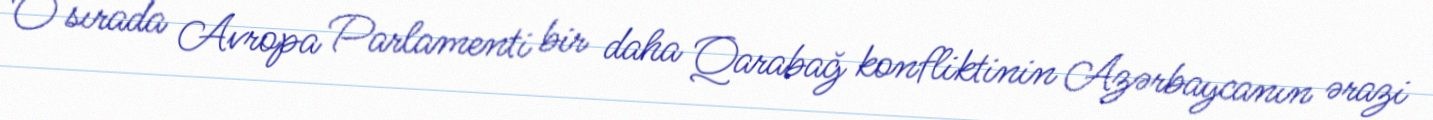
O sırada Avropa Parlamenti bir daha Qarabağ konfliktinin Azərbaycanın ərazi